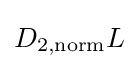
D_{2,\mathrm {norm} }L